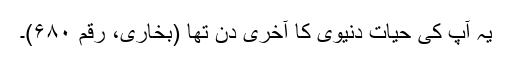
یہ آپ کی حیات دنیوی کا آخری دن تھا (بخاری، رقم ۶۸۰)۔